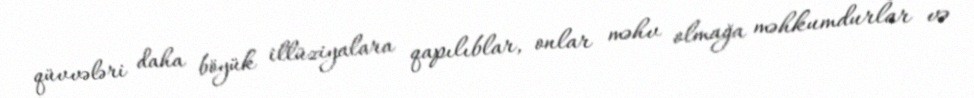
qüvvələri daha böyük illüziyalara qapılıblar, onlar məhv olmağa məhkumdurlar və